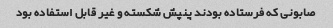
صابونی که فرستاده بودند پنپش شکسته و غیر قابل استفاده بود